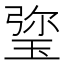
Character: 𤦀